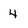
Character: 4